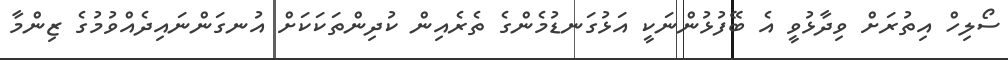
ސޯލިހް އިތުރަށް ވިދާޅުވީ އެ ބޭފުޅުންނަކީ އަޅުގަނޑުމެންގެ ތެރެއިން ކުދިންތަކަކަށް އުނގަންނައިދެއްވުމުގެ ޒިންމާ